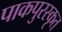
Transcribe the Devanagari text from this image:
पाकपुरस्कृत